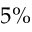
5 \%